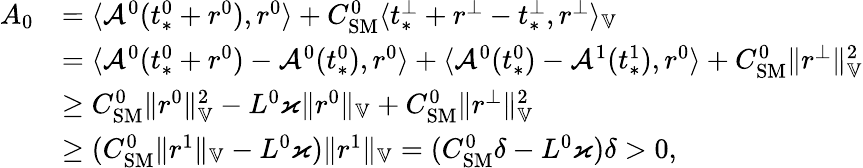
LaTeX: \begin{array}{rl}{A_{0}}&{=\langle\mathcal{A}^{0}(t_{*}^{0}+r^{0}),r^{0}\rangle+C_{\mathrm{SM}}^{0}\langle t_{*}^{\perp}+r^{\perp}-t_{*}^{\perp},r^{\perp}\rangle_{\mathbb{V}}}\\ &{=\langle\mathcal{A}^{0}(t_{*}^{0}+r^{0})-\mathcal{A}^{0}(t_{*}^{0}),r^{0}\rangle+\langle\mathcal{A}^{0}(t_{*}^{0})-\mathcal{A}^{1}(t_{*}^{1}),r^{0}\rangle+C_{\mathrm{SM}}^{0}\| r^{\perp}\| _{\mathbb{V}}^{2}}\\ &{\ge C_{\mathrm{SM}}^{0}\| r^{0}\| _{\mathbb{V}}^{2}-L^{0}\varkappa\| r^{0}\| _{\mathbb{V}}+C_{\mathrm{SM}}^{0}\| r^{\perp}\| _{\mathbb{V}}^{2}}\\ &{\ge(C_{\mathrm{SM}}^{0}\| r^{1}\| _{\mathbb{V}}-L^{0}\varkappa)\| r^{1}\| _{\mathbb{V}}=(C_{\mathrm{SM}}^{0}\delta-L^{0}\varkappa)\delta>0,}\end{array}